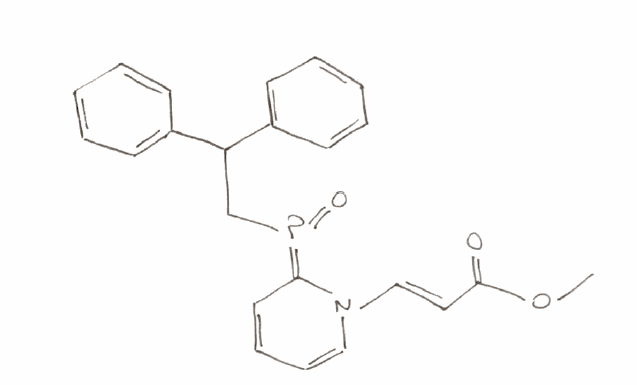
Simplified molecular-input line-entry system (SMILES) notation of the given molecule:
COC(=O)/C=C/N1C=CC=CC1=P(=O)CC(C2=CC=CC=C2)C3=CC=CC=C3